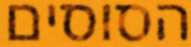
הסוסים